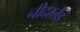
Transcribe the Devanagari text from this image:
नीदरर्लैंड